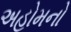
અહોમનો